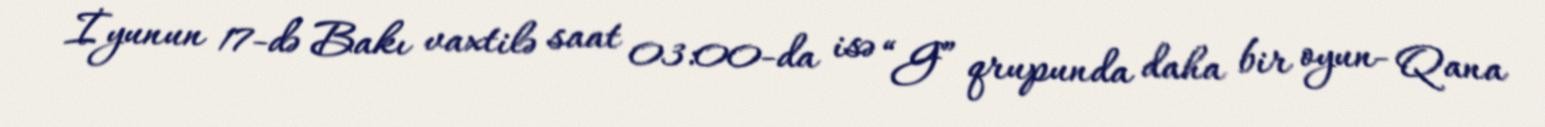
İyunun 17-də Bakı vaxtilə saat 03:00-da isə “G” qrupunda daha bir oyun- Qana